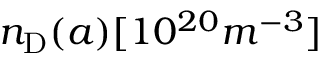
n _ { \mathrm { D } } ( a ) [ 1 0 ^ { 2 0 } m ^ { - 3 } ]